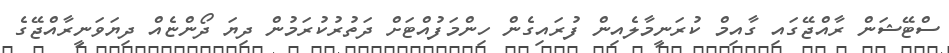
ސްޓޭޝަން ރާއްޖޭގައި ގާއިމް ކުރަނީމާލެއިން ފުރައިގެން ހިންމަފުއްޓަށް ދަތުރުކުރަމުން ދިޔަ ދޯންޏެއް ދިޔަވަނީރާއްޖޭގެ